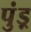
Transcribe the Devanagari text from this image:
पुंड़्र